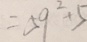
= 5 9 ^ { 2 } + 5